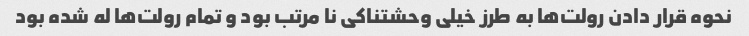
نحوه قرار دادن رولت‌ها به طرز خیلی وحشتناکی نا مرتب بود و تمام رولت‌ها له شده بود